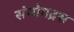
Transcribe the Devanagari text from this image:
संयोगद्रस